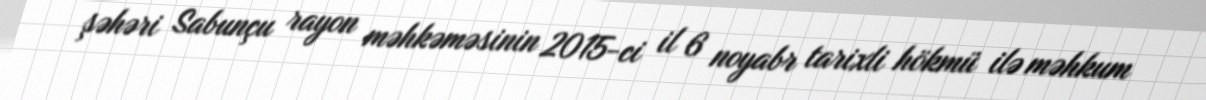
şəhəri Sabunçu rayon məhkəməsinin 2015-ci il 6 noyabr tarixli hökmü ilə məhkum